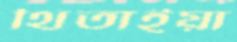
থিতাইয়া